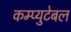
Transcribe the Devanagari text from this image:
कम्प्युटेबल